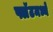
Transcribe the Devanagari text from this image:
फ्लॅटमध्ये